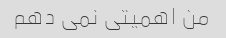
من اهمیتی نمی دهم